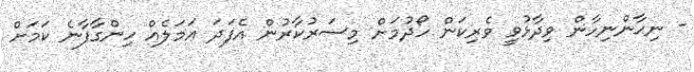
- ނިޙާންނިހާން ވިދާޅުވީ ވެރިކަން ހޯދުމަށް މިސަރުކާރުން އެފަދަ ޢަމަލެއް ހިންގާފާނެ ކަމަށް